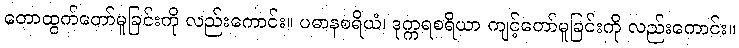
တောထွက်တော်မူခြင်းကို လည်းကောင်း။ ပဓာနစရိယံ၊ ဒုက္ကရစရိယာ ကျင့်တော်မူခြင်းကို လည်းကောင်း။